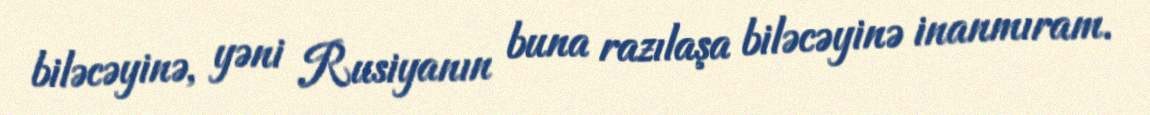
biləcəyinə, yəni Rusiyanın buna razılaşa biləcəyinə inanmıram.